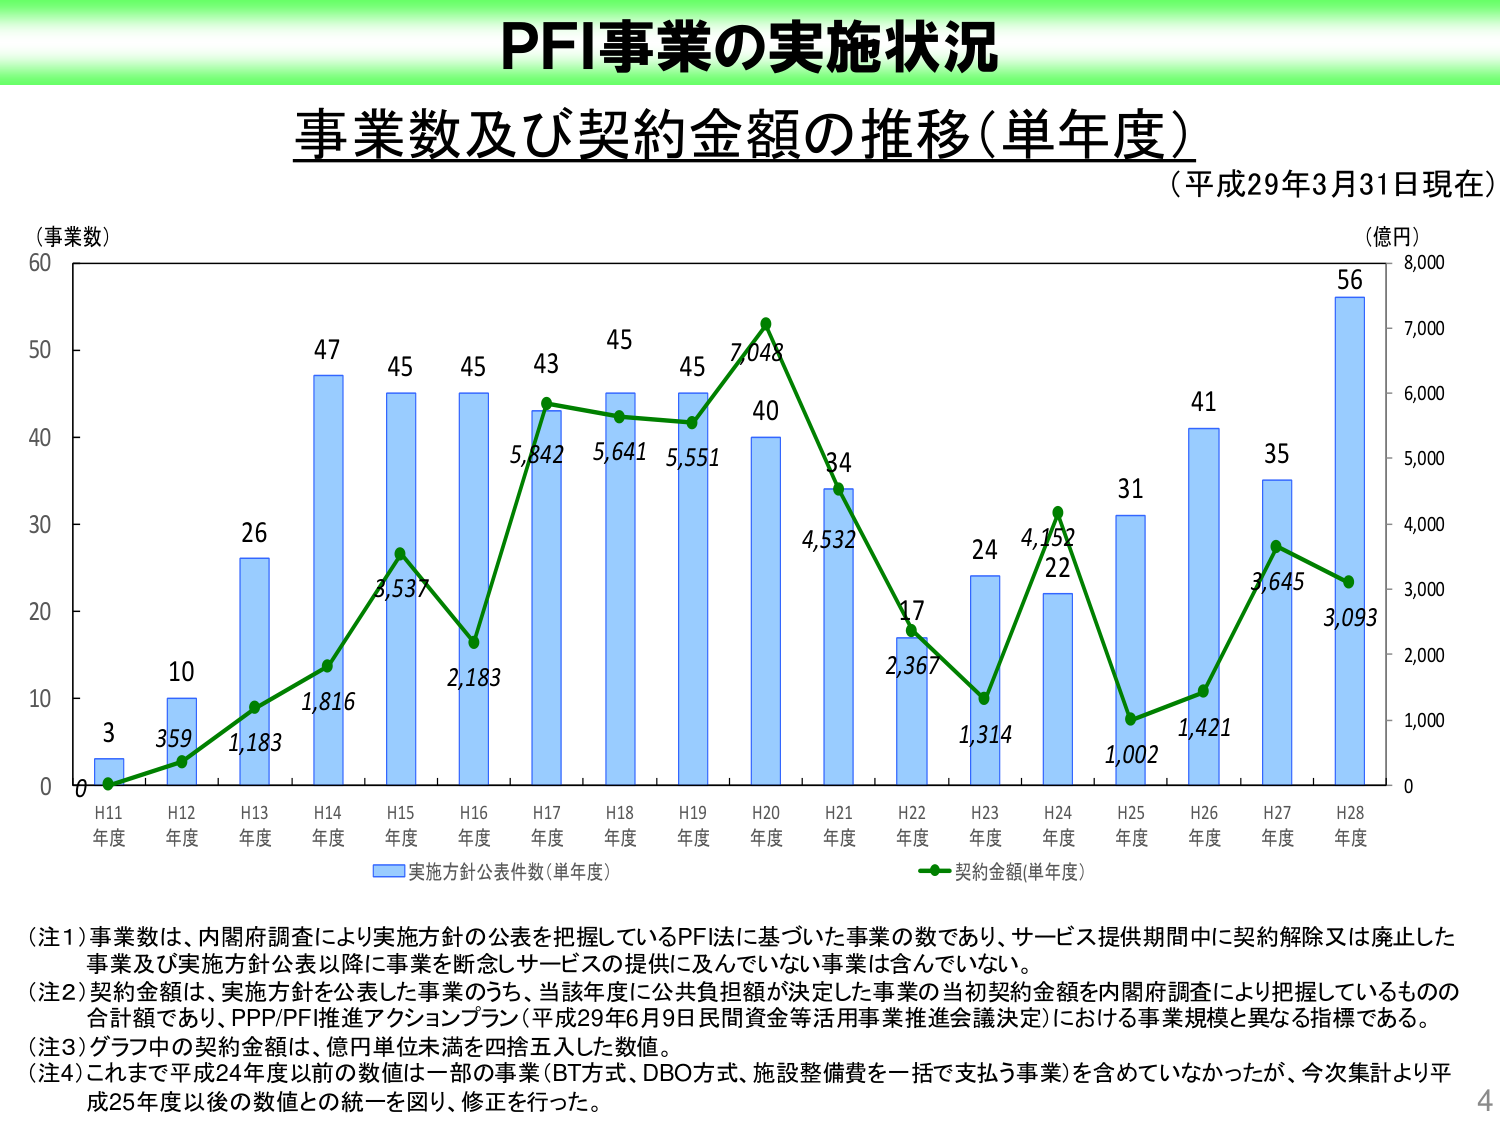
PFI事業の実施状況
事業数及び契約金額の推移（単年度）
（平成29年3月31日現在）

（事業数）
60
50
40
30
20
10
0

（億円）
8,000
7,000
6,000
5,000
4,000
3,000
2,000
1,000
0

H11年度  3  359
H12年度  10  1,183
H13年度  26  1,816
H14年度  47  3,537
H15年度  45  2,183
H16年度  45  5,842
H17年度  43  5,641
H18年度  45  5,551
H19年度  45  7,048
H20年度  40  4,532
H21年度  34  2,367
H22年度  17  1,314
H23年度  24  4,152
H24年度  22  1,002
H25年度  31  1,421
H26年度  41  3,645
H27年度  35  3,093
H28年度  56

■ 実施方針公表件数（単年度）
■ 契約金額（単年度）

（注1）事業数は、内閣府調査により実施方針の公表を把握しているPFI法に基づいた事業の数であり、サービス提供期間中に契約解除又は廃止した事業及び実施方針公表以降に事業を断念しサービスの提供に及んでいない事業は含んでいない。
（注2）契約金額は、実施方針を公表した事業のうち、当該年度に公共負担額が決定した事業の当初契約金額を内閣府調査により把握しているものの合計額であり、PPP/PFI推進アクションプラン（平成29年6月9日民間資金等活用事業推進会議決定）における事業規模と異なる指標である。
（注3）グラフ中の契約金額は、億円単位未満を四捨五入した数値。
（注4）これまで平成24年度以前の数値は一部の事業（BT方式、DBO方式、施設整備費を一括で支払う事業）を含めていなかったが、今次集計より平成25年度以後の数値との統一を図り、修正を行った。

4